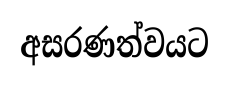
අසරණත්වයට